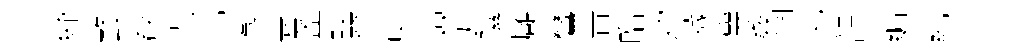
紓螯欷場忆掣裏盈轘翬臾棘遮隰廱鸞昔皓绍據簨姦惘窕韻編糺